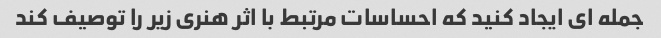
جمله ای ایجاد کنید که احساسات مرتبط با اثر هنری زیر را توصیف کند